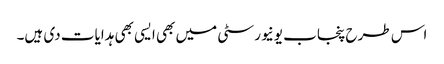
اس طرح پنجاب یونیورسٹی میں بھی ایسی بھی ہدایات دی ہیں۔